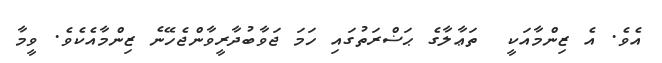
އެވެ. އެ ޒިންމާއަކީ  ތަޢާލާގެ ޙަޟްރަތުގައި ހަމަ ޖަވާބުދާރީވާންޖެހޭނެ ޒިންމާއެކެވެ. ވީމާ